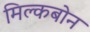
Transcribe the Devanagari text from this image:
मिल्कबोन